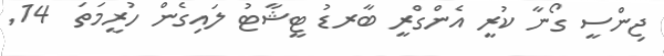
ޖިންސީ ގޯނާ ކުރީ އެންގްރީ ބާރޑު ޓީޝާޓު ލައިގެން ހުރީމަތަ  14